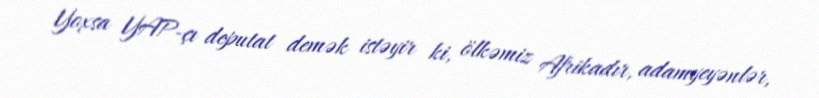
Yoxsa YAP-çı deputat demək istəyir ki, ölkəmiz Afrikadır, adamyeyənlər,